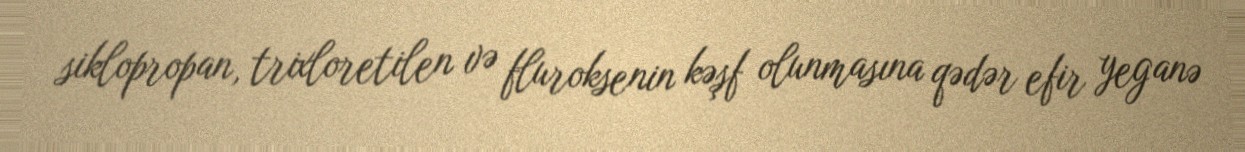
siklopropan, trixloretilen və fluroksenin kəşf olunmasına qədər efir yeganə